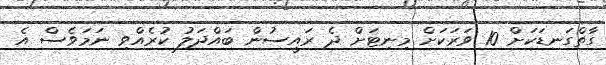
ގާތްގަނޑަކަށް 10 ވަރަކަށް މިނިޓަށް ދެ ރައީސުން ބައްދަލު ކުރެއްވި ނަމަވެސް އެ